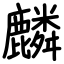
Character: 麟